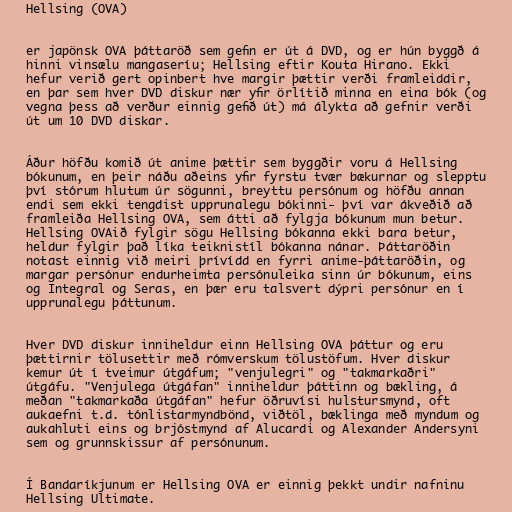
Hellsing (OVA)

er japönsk OVA þáttaröð sem gefin er út á DVD, og er hún byggð á
hinni vinsælu mangaseríu; Hellsing eftir Kouta Hirano. Ekki
hefur verið gert opinbert hve margir þættir verði framleiddir,
en þar sem hver DVD diskur nær yfir örlítið minna en eina bók (og
vegna þess að verður einnig gefið út) má álykta að gefnir verði
út um 10 DVD diskar.

Áður höfðu komið út anime þættir sem byggðir voru á Hellsing
bókunum, en þeir náðu aðeins yfir fyrstu tvær bækurnar og slepptu
því stórum hlutum úr sögunni, breyttu persónum og höfðu annan
endi sem ekki tengdist upprunalegu bókinni- því var ákveðið að
framleiða Hellsing OVA, sem átti að fylgja bókunum mun betur.
Hellsing OVAið fylgir sögu Hellsing bókanna ekki bara betur,
heldur fylgir það líka teiknistíl bókanna nánar. Þáttaröðin
notast einnig við meiri þrívídd en fyrri anime-þáttaröðin, og
margar persónur endurheimta persónuleika sinn úr bókunum, eins
og Integral og Seras, en þær eru talsvert dýpri persónur en í
upprunalegu þáttunum.

Hver DVD diskur inniheldur einn Hellsing OVA þáttur og eru
þættirnir tölusettir með rómverskum tölustöfum. Hver diskur
kemur út í tveimur útgáfum; "venjulegri" og "takmarkaðri"
útgáfu. "Venjulega útgáfan" inniheldur þáttinn og bækling, á
meðan "takmarkaða útgáfan" hefur öðruvísi hulstursmynd, oft
aukaefni t.d. tónlistarmyndbönd, viðtöl, bæklinga með myndum og
aukahluti eins og brjóstmynd af Alucardi og Alexander Andersyni
sem og grunnskissur af persónunum.

Í Bandaríkjunum er Hellsing OVA er einnig þekkt undir nafninu
Hellsing Ultimate.